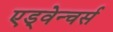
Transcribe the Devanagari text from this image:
एड्वेन्चर्स